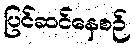
ပြင်ဆင်နေစဉ်